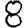
Digit: 8